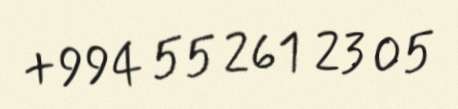
+994 55 261 23 05